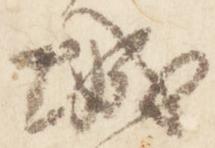
城